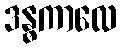
ဒန္ဓကာလေ